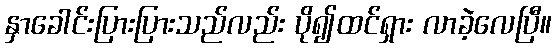
နှာခေါင်းပြားပြားသည်လည်း ပို၍ထင်ရှား လာခဲ့လေပြီ။